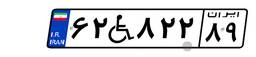
۶۲W۸۲۲۸۹